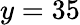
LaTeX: y=35